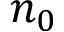
n _ { 0 }